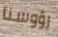
رؤوسنا